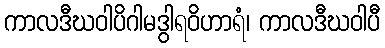
ကာလဒီဃဝါပိဂါမဒွါရဝိဟာရံ၊ ကာလဒီဃဝါပီ